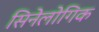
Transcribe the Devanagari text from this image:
सिनेलोगिक